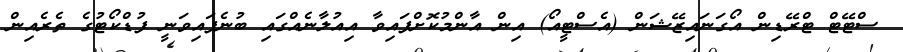
ސްޓޭޓް ޓްރޭޑިން އޯގަނައިޒޭޝަން (އެސްޓީއޯ) އިން އާންމުކޮށްފައިވާ އިއުލާނެއްގައި ބުނެފައިވަނީ ފުޑްކޯޓުގެ ތެރެއިން